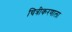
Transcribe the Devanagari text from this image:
चित्रीकरणाला